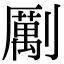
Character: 𠠏